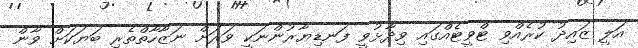
އަލީ ޒައިދު ކުރެއްވި ޓްވީޓެއްގައި ވިދާޅުވީ ފަނޑިޔާރުންނަކީ ވަރަށް ނަޒާހާތްތެރި ބަޔަކަށް ވާން